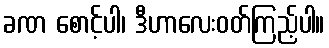
ခဏ စောင့်ပါ၊ ဒီဟာလေးဝတ်ကြည့်ပါ။